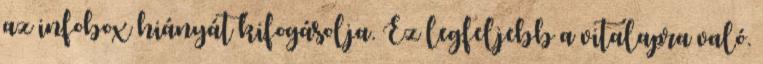
az infobox hiányát kifogásolja. Ez legfeljebb a vitalapra való.